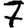
Digit: 7